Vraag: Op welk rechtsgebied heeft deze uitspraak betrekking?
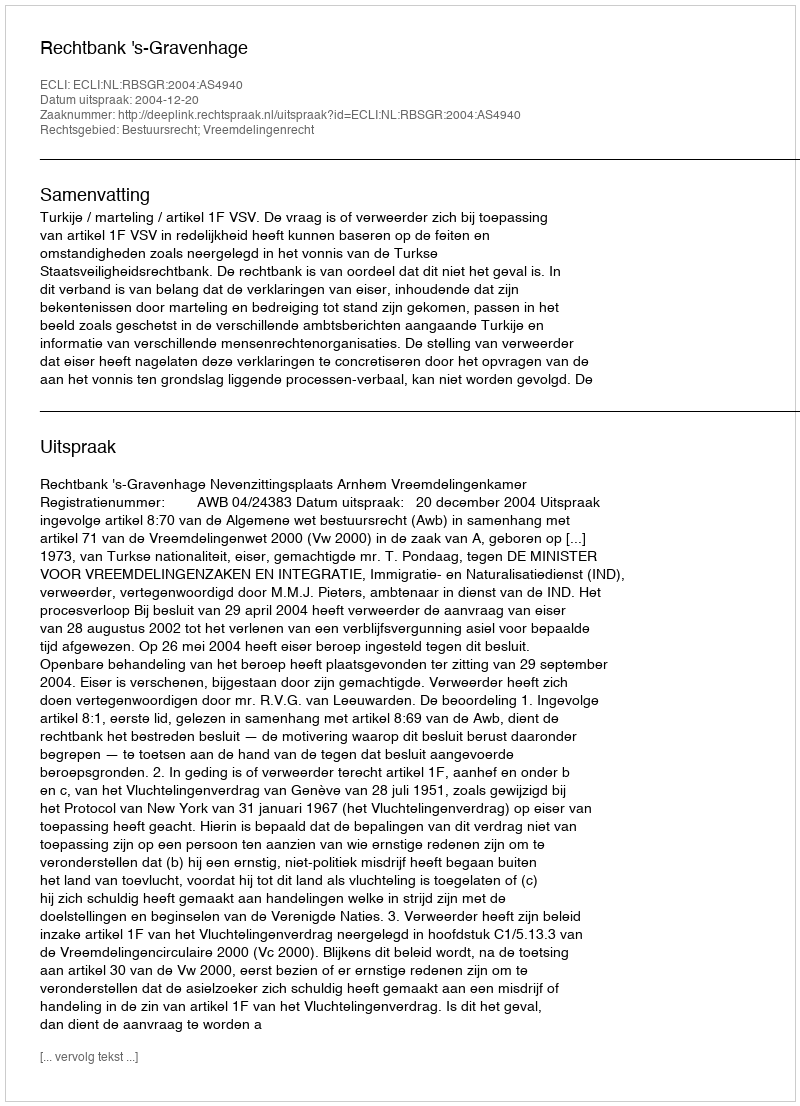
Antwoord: Bestuursrecht; Vreemdelingenrecht